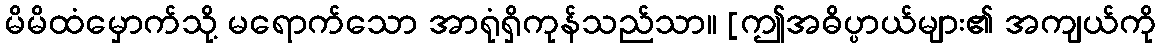
မိမိထံမှောက်သို့ မရောက်သော အာရုံရှိကုန်သည်သာ။ [ဤအဓိပ္ပာယ်များ၏ အကျယ်ကို